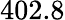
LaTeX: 402.8